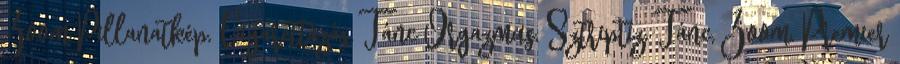
Zoom Pillanatkép, Cigarettázás, Tánc Orgazmus, Sztriptíz, Tánc, Zoom, Premier